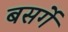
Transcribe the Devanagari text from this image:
बसर्गे